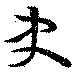
史